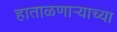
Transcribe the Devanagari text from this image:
हाताळणार्‍याच्या